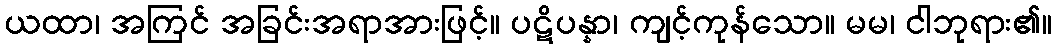
ယထာ၊ အကြင် အခြင်းအရာအားဖြင့်။ ပဋိပန္နာ၊ ကျင့်ကုန်သော။ မမ၊ ငါဘုရား၏။